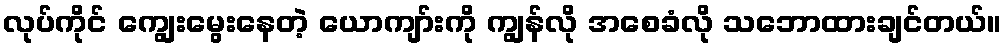
လုပ်ကိုင် ကျွေးမွေးနေတဲ့ ယောကျာ်းကို ကျွန်လို အစေခံလို သဘောထားချင်တယ်။